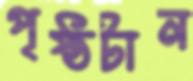
পৃষ্ঠটান